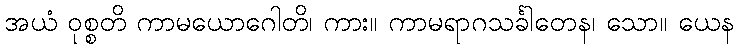
အယံ ဝုစ္စတိ ကာမယောဂေါတိ၊ ကား။ ကာမရာဂသင်္ခါတေန၊ သော။ ယေန